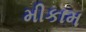
મીકામ